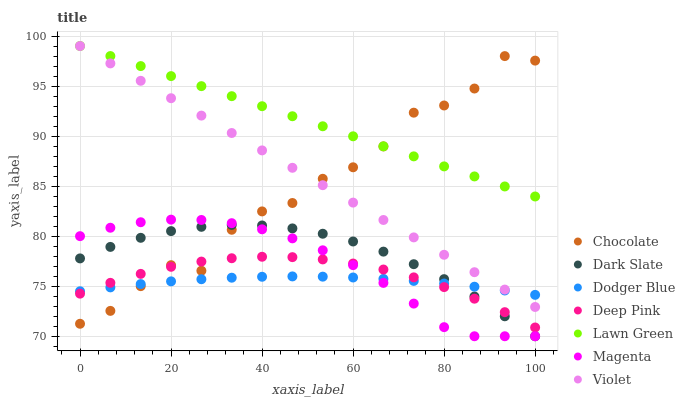
| xaxis_label | Chocolate | Dark Slate | Dodger Blue | Deep Pink | Lawn Green | Magenta | Violet |
 | --- | --- | --- | --- | --- | --- | --- | --- |
 | 0 | 71.2 | 77.8 | 74.5 | 74.3 | 99 | 80 | 99 |
 | 6.67 | 72.5 | 78.9 | 74.9 | 75.3 | 98 | 80.8 | 97.3 |
 | 13.3 | 75 | 79.8 | 75.2 | 76.2 | 97 | 81.4 | 95.5 |
 | 20 | 77.1 | 80.5 | 75.5 | 76.9 | 96 | 81.7 | 93.8 |
 | 26.7 | 76.5 | 80.9 | 75.7 | 77.5 | 95 | 81.6 | 92 |
 | 33.3 | 80.6 | 81.1 | 75.8 | 77.8 | 94 | 81.3 | 90.3 |
 | 40 | 82.5 | 81.1 | 75.9 | 77.9 | 93 | 80.7 | 88.6 |
 | 46.7 | 83.3 | 80.8 | 76 | 77.9 | 92 | 79.8 | 86.8 |
 | 53.3 | 85.7 | 80.2 | 76 | 77.7 | 91 | 78.6 | 85.1 |
 | 60 | 86.9 | 79.5 | 75.9 | 77.3 | 90 | 77.1 | 83.4 |
 | 66.7 | 89 | 78.5 | 75.7 | 76.7 | 89 | 75.3 | 81.6 |
 | 73.3 | 92.3 | 77.2 | 75.5 | 75.9 | 88 | 73.3 | 79.9 |
 | 80 | 93.1 | 75.7 | 75.3 | 74.9 | 87 | 70.9 | 78.1 |
 | 86.7 | 94.8 | 74 | 75 | 73.8 | 86 | 70 | 76.4 |
 | 93.3 | 98 | 72 | 74.6 | 72.4 | 85 | 70 | 74.7 |
 | 100 | 97.5 | 70 | 74.1 | 70.9 | 84 | 70 | 72.9 |